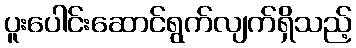
ပူးပေါင်းဆောင်ရွက်လျက်ရှိသည့်